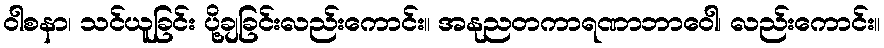
ဝါစနာ၊ သင်ယူခြင်း ပို့ချခြင်းလည်းကောင်း။ အနုညတကာရဏာဘာဝေါ၊ လည်းကောင်း။